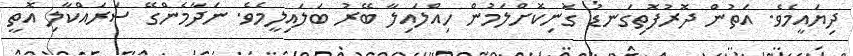
ދިޔައީމެވެ. އަތުން ދޮރުފޮތިގަނޑު ގޮނިކޮށްލަމުން ހިއްލައިލާ ބޭރު ބަލައިލީމެވެ. ނަދާމެންގޭ ސަރައްކާލި އޮތީ